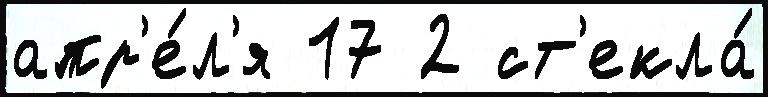
апр'е́л'я 17 2 ст'екла́